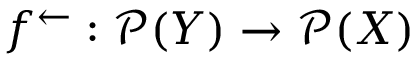
f ^ { \leftarrow } : { \mathcal { P } } ( Y ) \rightarrow { \mathcal { P } } ( X )